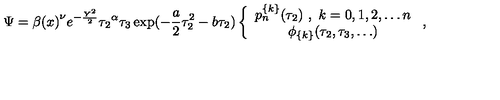
\Psi = { \beta ( x ) } ^ { \nu } e ^ { - \frac { Y ^ { 2 } } { 2 } } { \tau _ { 2 } } ^ { \alpha } \tau _ { 3 } \exp ( - \frac { a } { 2 } \tau _ { 2 } ^ { 2 } - b \tau _ { 2 } ) \left\{ \begin{array} { c } { p _ { n } ^ { \{ k \} } ( \tau _ { 2 } ) \ , \ k = 0 , 1 , 2 , \ldots n } \\ { \phi _ { \{ k \} } ( \tau _ { 2 } , \tau _ { 3 } , \ldots ) } \\ \end{array} \ , \right.